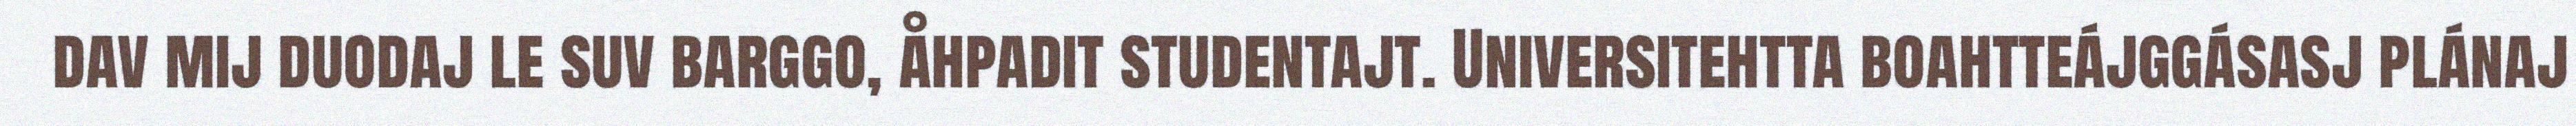
dav mij duodaj le suv barggo, åhpadit studentajt. Universitehtta boahtteájggásasj plánaj